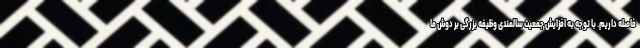
فاصله داریم. با توجه به افزایش جمعیت سالمندی وظیفه بزرگی بر دوش ما